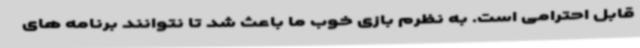
قابل احترامی است. به نظرم بازی خوب ما باعث شد تا نتوانند برنامه های